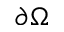
\partial \Omega